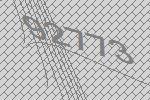
92773